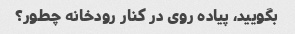
بگویید، پیاده روی در کنار رودخانه چطور؟